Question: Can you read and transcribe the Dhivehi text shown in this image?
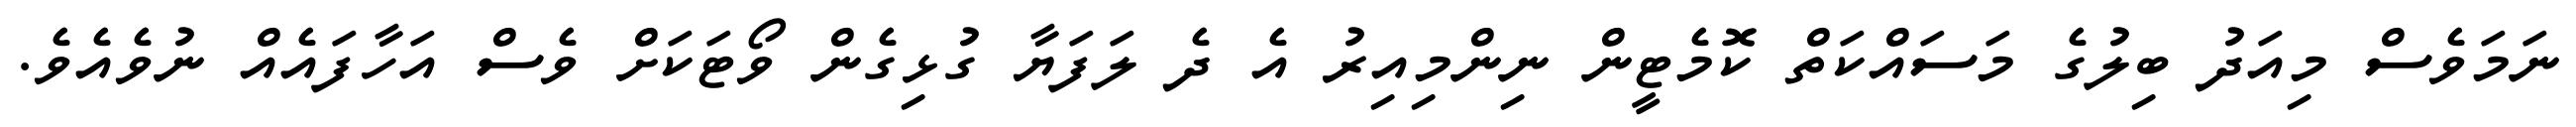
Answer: ނަމަވެސް މިއަދު ބިލުގެ މަސައްކަތް ކޮމެޓީން ނިންމިއިރު އެ ދެ ލަފަޔާ ގުޅިގެން ވޯޓަކަށް ވެސް އަހާފައެއް ނުވެއެވެ.